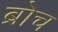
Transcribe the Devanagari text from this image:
ब्रोच